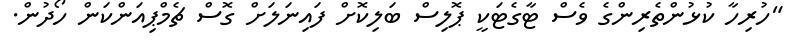
"ހުރިހާ ކުޅުންތެރިންގެ ވެސް ޓާގެޓަކީ ޕޮލިސް ބަލިކޮށް ފައިނަލަށް ގޮސް ޗެމްޕިއަންކަން ހޯދުން.